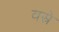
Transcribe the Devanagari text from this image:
वस्रे